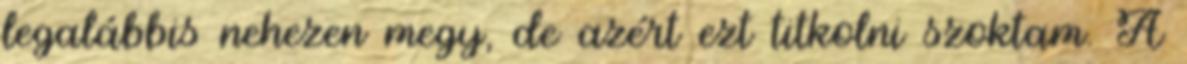
legalábbis nehezen megy, de azért ezt titkolni szoktam. A